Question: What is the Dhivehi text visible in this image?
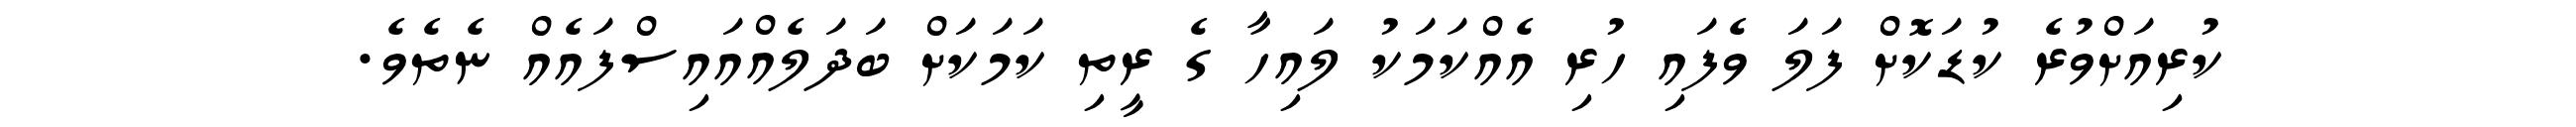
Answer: ކުރިއަށްވުރެ ކުޑަކޮށް ފަލަ ވެފައި ހުރި އެއްކަމަކު ލައިހާ ގެ ރީތި ކަމަކަށް ބަދަލެއްއައިސްފައެއް ނެތެވެ.